Lunatic asylums Madras 1877-1891 - 1877-1891
Year: 1877
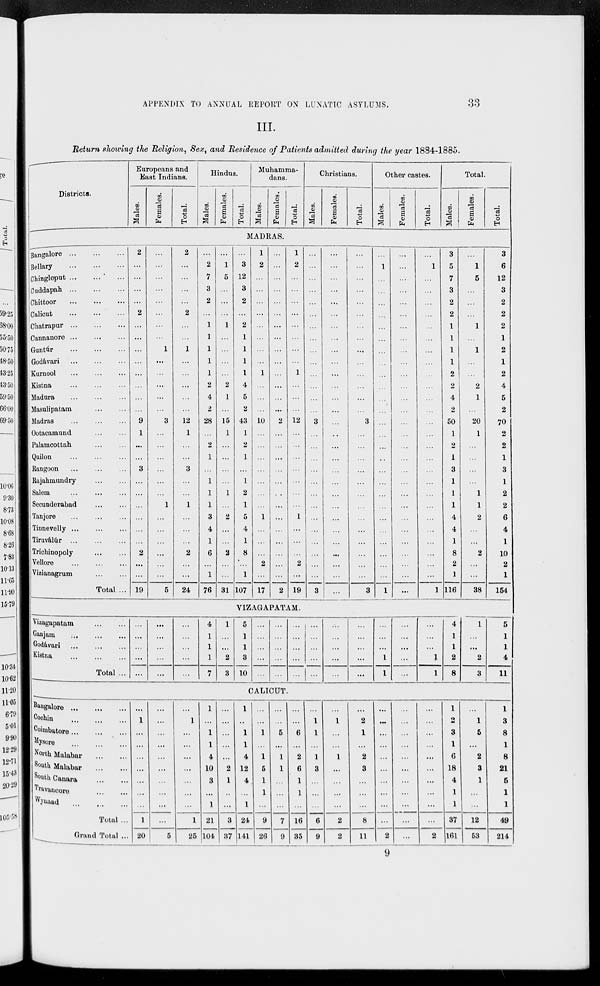
APPENDIX TO ANNUAL REPORT ON LUNATIC ASYLUMS.
33
III.
"Return showing the Religion, Sex, and Residence of Patients admitted during the year 1884-1885.
Districts.
Europeans and
East Indians.
Males.
Females.
Total.
Hindus.
Males.
Females.
Total.
Muhamma-
dans.
Males.
Females.
Total.
Christians.
Males.
Females.
Total.
Other castes.
Males.
Females.
Total.
Total.
Males.
Females.
Total.
MADRAS.
Bangalore ...
...
...
Bellary
...
...
...
Chingleput ... ... ...
Cuddapah ...
...
...
Chittoor ... ... ...
Calicut
...
...
...
Chatrapur ...
...
...
Cannanore ...
...
...
Guntúr
...
...
...
Godávari
...
...
...
Kurnool
...
...
...
Kistna ... ... ...
Madura
... ... ...
Masulipatam
...
...
Madras
... ... ...
Ootacamund ... ...
Palamcottah
... ...
Quilon
... ... ...
Rangoon
...
...
...
Rajahmundry
...
...
Salem ... ... ...
Secunderabad ... ...
Tanjore
... ... ...
Tinnevelly ...
...
...
Tiruválúr ... ... ...
Trichinopoly
...
...
Vellore
...
...
...
Vizianagrum
...
...
Total ...
2
...
...
...
...
2
...
...
...
...
...
...
...
...
9
1
...
...
3
...
...
...
...
...
...
2
...
...
19
...
...
...
...
...
...
...
...
1
...
...
...
...
...
3
...
...
...
...
...
...
1
...
...
...
...
...
...
5
2
...
...
...
...
2
...
...
1
...
...
...
...
...
12
1
...
...
3
...
...
1
...
...
...
2
...
...
24
...
2
7
3
2
...
1
1
1
1
1
2
4
2
28
...
2
1
...
1
1
1
3
4
1
6
...
1
76
...
1
5
...
...
...
1
...
...
...
...
2
1
...
15
1
...
...
...
...
1
...
2
...
...
2
...
...
31
...
3
12
3
2
...
2
1
1
1
1
4
5
2
43
1
2
1
...
1
2
1
5
4
1
8
...
1
107
1
2
...
...
...
...
...
...
...
...
1
...
...
...
10
...
...
...
...
...
...
...
1
...
...
...
2
...
17
...
...
...
...
...
...
...
...
...
...
...
...
...
...
2
...
...
...
...
...
...
...
...
...
...
...
...
...
2
1
2
...
...
...
...
...
...
...
...
1
...
...
...
12
...
...
...
...
...
...
...
1
...
...
...
2
...
19
...
...
...
...
...
...
...
...
...
...
...
...
...
...
3
...
...
...
...
...
...
...
...
...
...
...
...
...
3
...
...
...
...
...
...
...
...
...
...
...
...
...
...
...
...
...
...
...
...
...
...
...
...
...
...
...
...
...
...
...
...
...
...
...
...
...
...
...
...
...
...
...
3
...
...
...
...
...
...
...
...
...
...
...
...
...
3
...
1
...
...
...
...
...
...
...
...
...
...
...
...
...
...
...
...
...
...
...
...
...
...
...
...
...
...
1
...
...
...
...
...
...
...
...
...
...
...
...
...
...
...
...
...
...
...
...
...
...
...
...
...
...
...
...
...
...
1
...
...
...
...
...
...
...
...
...
...
...
...
...
...
...
...
...
...
...
...
...
...
...
...
...
...
1
3
5
7
3
2
2
1
1
1
1
2
2
4
2
50
1
2
1
3
1
1
1
4
4
1
8
2
1
116
...
1
5
...
...
...
1
...
1
...
...
2
1
...
20
1
...
...
...
...
1
1
2
...
...
2
...
...
38
3
6
12
3
2
2
2
1
2
1
2
4
5
2
70
2
2
1
3
1
2
2
6
4
1
10
2
1
154
VIZAGAPATAM.
Vizagapatam
...
...
Ganjam
... ... ...
Godávari ...
...
...
Kistna
...
...
...
Total ...
...
...
...
...
...
...
...
...
...
...
...
...
...
...
...
4
1
1
1
7
1
...
...
2
3
5
1
1
3
10
...
...
...
...
...
...
...
...
...
...
...
...
...
...
...
...
...
...
...
...
...
...
...
...
...
...
...
...
...
...
...
...
...
1
1
...
...
...
...
...
...
...
...
1
1
4
1
1
2
8
1
...
...
2
3
5
1
1
4
11
CALICUT.
Bangalore ... ... ...
Cochin
...
...
...
Coimbatore ...
...
...
Mysore
... ... ...
North Malabar
...
...
South Malabar
...
...
South Canara
...
...
Travancore
...
...
Wynaad
...
...
...
Total ...
Grand Total ...
...
1
...
...
...
...
...
...
...
1
20
...
...
...
...
...
...
...
...
...
...
5
...
1
...
...
...
...
...
...
...
1
25
1
...
1
1
4
10
3
...
1
21
104
...
...
...
...
...
2
1
...
...
3
37
1
...
1
1
4
12
4
...
1
24
141
...
...
1
...
1
5
1
1
...
9
26
...
...
5
...
1
1
...
...
...
7
9
...
...
6
...
2
6
1
1
...
16
35
...
1
1
...
1
3
...
...
...
6
9
...
1
...
...
1
...
...
...
...
2
2
...
2
1
...
2
3
...
...
...
8
11
...
...
...
...
...
...
...
...
...
...
2
...
...
...
...
...
...
...
...
...
...
...
...
...
...
...
...
...
...
...
...
...
2
1
2
3
1
6
18
4
1
1
37
161
...
1
5
...
2
3
1
...
...
12
53
1
3
8
1
8
21
5
1
1
49
214
9